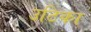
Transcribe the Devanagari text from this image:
उटिका